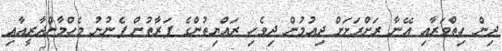
ދިން ހިތްވަރާއި އޭނާ ރަށްރަށަށް ދިއުމުން ދިވެހި ރައްޔިތުންގެ ފަރާތުން ފެނުނު މެހްމާންދާރީއާއި